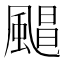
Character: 𮨮